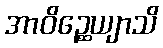
အာဝိဉ္ဆေယျာသိ